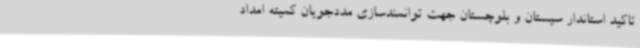
تاکید استاندار سیستان و بلوچستان جهت توانمندسازی مددجویان کمیته امداد